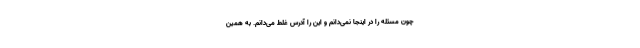
چون مسئله را در اینجا نمی‌دانم و این را آدرس غلط می‌دانم. به همین